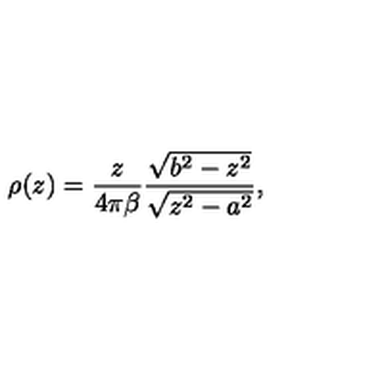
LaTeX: \rho ( z ) = { \frac { z } { 4 \pi \beta } } { \frac { \sqrt { b ^ { 2 } - z ^ { 2 } } } { \sqrt { z ^ { 2 } - a ^ { 2 } } } } ,